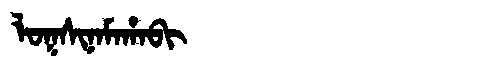
Manchu: ᠯᠣᡴᠰᡳᠨᠠᠮᠠᡥᠠᠪᡳ
Romanization: LOKSINAMAHABI